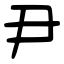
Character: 尹